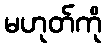
မဟုတ်ကို